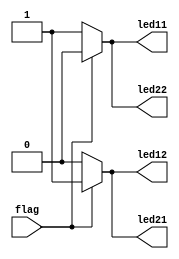
module control(flag,led11,led12,led21,led22);
input flag;
output reg led11 = 1'b1;
output reg led12 = 1'b0;
output reg led21 = 1'b0;
output reg led22 = 1'b1;

always@(flag)
begin
if(flag == 1)begin
led11<=1'b0;
led12<=1'b1;
led21<=1'b1;
led22<=1'b0;
end
else begin
led11<=1'b1;
led12<=1'b0;
led21<=1'b0;
led22<=1'b1;
end
end

endmodule